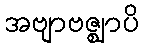
အဗျာဗဇ္ဈာပိ